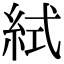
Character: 𥿮